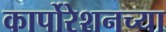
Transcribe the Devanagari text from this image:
कार्पोरेशनच्या